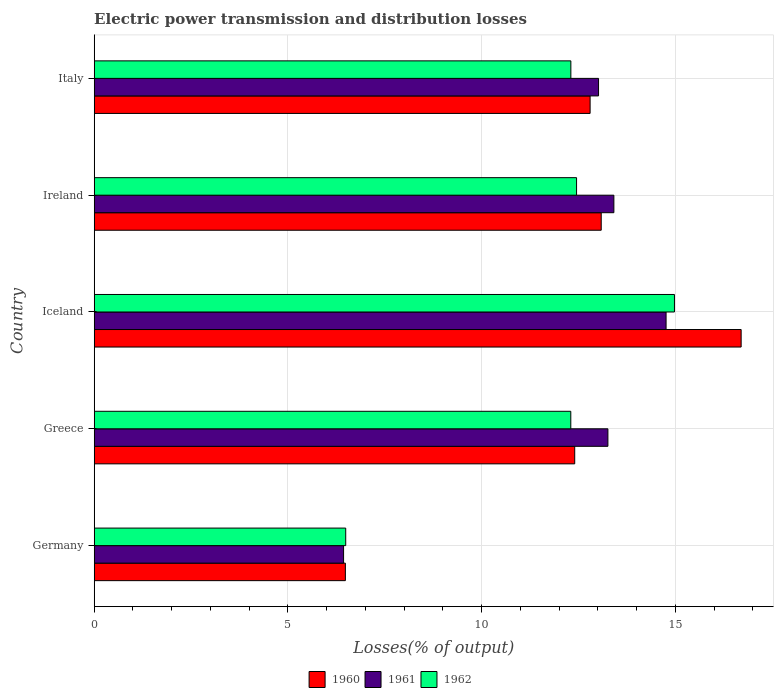
| Country | 1960 | 1961 | 1962 |
 | --- | --- | --- | --- |
 | Germany | 6.48 | 6.44 | 6.49 |
 | Greece | 12.4 | 13.3 | 12.3 |
 | Iceland | 16.7 | 14.8 | 15 |
 | Ireland | 13.1 | 13.4 | 12.4 |
 | Italy | 12.8 | 13 | 12.3 |